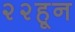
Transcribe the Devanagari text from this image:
२२हून